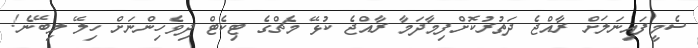
ސެމީފައިނަލަށް ރާއްޖެ ދަތުރުކޮށްފިމާދަމާ ރާއްޖެ ކުޅޭ މެޗްގެ ޓިކެޓް ދިވެހިންނަށް ހިލޭ ލިބޭނެ!